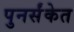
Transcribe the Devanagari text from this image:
पुनर्संकेत